Vaccination in Burma 1912-1922 - 1912-1922
Year: 1912
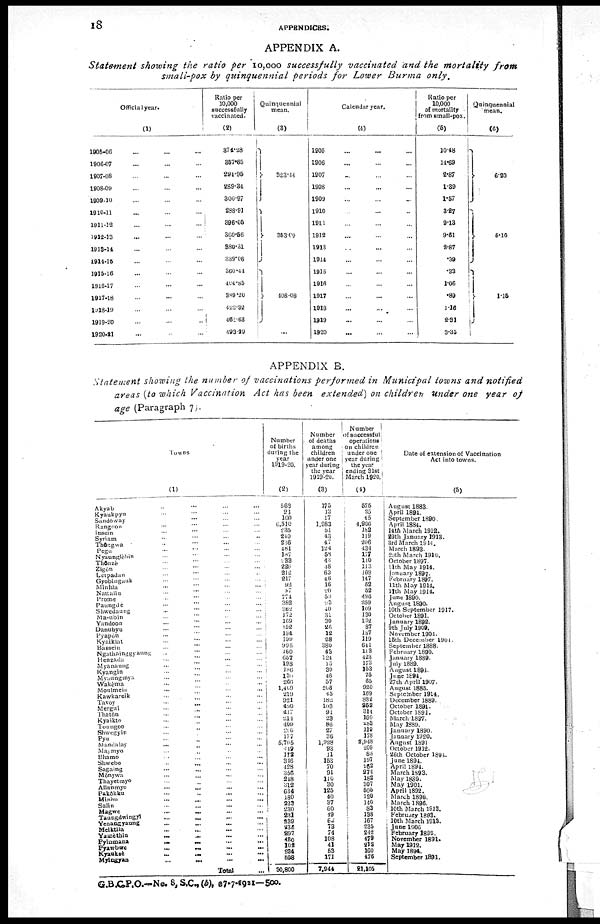
18 APPENDICES.
APPENDIX A.
Statement showing the ratio per 10,000 successfully vaccinated and the mortality
from
small-pox by quinquennial periods for Lower Burma
only.
Official year.
(1)
1905-06 ... ... ...
1906-07 ... ... ...
1907-08 ... ... ...
1908-09 ... ... ...
1909-10 ... ... ...
1910-11 ... ... ...
1911-12 ... ... ...
1912-13 ... ... ...
1913-14 ... ... ...
1914-15 ... ... ...
1915-16 ... ... ...
1916-17 ... ... ...
1917-18 ... ... ...
1918-19 ... ... ...
1919-20 ... ... ...
1920-21 ... ... ...
Ratio per
10,000
successfully
vaccinated.
(2)
374.28
357.65
294.95
289.34
300.97
288.91
396.05
360.56
880.31
339.06
360.44
404.85
389.20
422.32
461.63
493.29
Quinquennial
mean.
(3)
323.14
353.09
408.08
...
Calendar year.
(4)
1905 ... ... ...
1906 ... ... ...
1907 ... ... ...
1908 ... ... ...
1909 ... ... ...
1910... ... ...
1911 ... ... ...
1912 ... ... ...
1913 ... ... ...
1914 ... ... ...
1915 ... ... ...
1916 ... ... ...
1917 ... ... ...
1918 ... ... ...
1919 ... ... ...
1920 ... ... ...
Ratio per
10,000
of mortality
from small-pox.
(5)
10.48
17.69
2.87
1.39
1.57
3.27
9.13
9.61
2.87
.39
.33
1.06
.89
1.16
2.31
3.35
Quinquennial
mean.
(6)
6.20
5.10
1.15
APPENDIX B.
Statement showing the number of vaccinations performed in Municipal towns and notified
areas (to which Vaccination Act has been extended) on children under one year of
age (Paragraph 7).
Towns
(1)
Akyab ... ... ... ...
Kyaukpyu ... ... ... ...
Sandoway ... ... ... ...
Rangoon ... ... ... ...
Insein ... ... ... ...
Syriam ... ... ... ...
Thôrgwa ... ... ... ...
Pegu ... ... ... ...
Nyaunglebin ... ... ... ...
Thônzè ... ... ... ...
Zigôn ... ... ... ...
Letpadan ... ... ... ...
Gyobingauk ... ... ... ...
Minhla ... ... ... ...
Nattalin ... ... ... ...
Prome ... ... ... ...
Paungde ... ... ... ...
Shwedaung ... ... ... ...
Ma-ubin ... ... ... ...
Yandoon ... ... ... ...
Danubyu ... ... ... ...
Pyapôn ... ... ... ...
Kyaiklat ... ... ... ...
Bassein ... ... ... ...
Ngathalnggyaung ... ... ... ...
Henzada ... ... ... ...
Myanaung ... ... ... ...
Kyangin ... ... ... ...
Myanngmya ... ... ... ...
Wakèma ... ... ... ...
Moulmein ... ... ... ...
Kawkareik ... ... ... ...
Tavoy
... ... ... ... ...
Mergui
... ... ... ...
Thatôn
... ... ... ...
Kyaikto
... ... ... ...
Toungoo ... ... ... ...
Shwegyin ... ... ... ...
Pyu
... ... ... ...
Mandalay
... ... ... ...
Maymyo
... ... ... ...
Bhamo ... ... ... ...
Shwebo
...
...
...
...
Sagaing ... ... ... ...
Mônywa ... ... ... ...
Thayetmyo ... ... ... ...
Allanmyo
... ... ... ...
Pakôkku ... ... ... ...
Minbu ... ... ... ...
Salin
...
...
...
...
Magwe
... ... ... ...
Taungdwingyi
... ... ... ...
Yenangyaung ... ... ... ...
Meiktila ... ... ... ...
Yamèthin
...
...
...
...
Pyinmana
...
...
...
...
Pyawbwe
...
...
...
...
Kyauksè
...
...
...
...
Myingyan ... ... ... ...
Total ...
Number
of births
during the
year
1919-20.
(2)
563
93
100
6,510
235
240
236
481
187
233
226
212
217
92
87
771
382
362
172
169
152
184
199
995
160
657
198
186
130
266
1,409
219
921
490
417
211
409
206
177
5,705
449
172
346
428
355
248
312
634
180
223
230
231
239
236
297
480
102
234
598
30,800
Number
of deaths
among
children
under one
year during
the year
1919-20.
(3)
175
13
17
1,983
51
43
47
124
58
43
48
63
46
16
20
59
93
40
31
30
26
12
28
380
45
124
15
30
46
57
208
45
182
103
94
23
86
27
36
1,928
93
11
153
70
91
110
30
125
10
37
60
49
62
73
74
108
41
53
171
7,944
Number
of successful
operations
on children
under one
year during
the year
ending 31st
March 1920.
(4)
575
25
45
4,906
182
119
206
434
177
140
113
109
147
62
52
496
259
109
130
132
87
187
119
641
113
423
173
153
75
65
920
169
832
252
314
160
283
119
178
2,948
209
88
197
262
274
182
307
505
120
140
83
138
167
235
242
179
212
160
476
21,105
Date of extension of Vaccination
Act into towns.
(5)
August 1883.
April 1894.
September 1890.
April 1884.
14th March 1912.
29th January 1913.
3rd March 1914.
March 1893.
29th March 1910.
October 1897.
11th May 1914.
January 1897.
February 1897.
11th May 1914.
11th May 1914.
June 1890.
August 1890.
10th September 1917.
October 1891.
January 1892.
9th July 1909.
November 1904.
15th December 1904.
September 1888.
February 1890.
January 1889.
July 1889.
August 1894.
June 1894.
27th April 1907.
August 1885.
September 1914.
December 1889.
October 1891.
October 1891.
March 1897.
May 1889.
January 1890.
January 1920.
August 1891.
October 1912.
26th October 1894.
June 1894.
April 1894.
March 1893.
May 1889.
May 1901.
April 1892.
March 1896.
March 1896.
10th March 1913.
February 1893.
10th March 1913.
June 1906
February 1892.
November 1891.
May 1912.
May 1894.
September 1891.
G.B.C.P.O.—No. 8,S.C., (b), 87-7-1921—500.